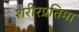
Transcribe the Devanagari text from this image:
शरीरप्रतिमा